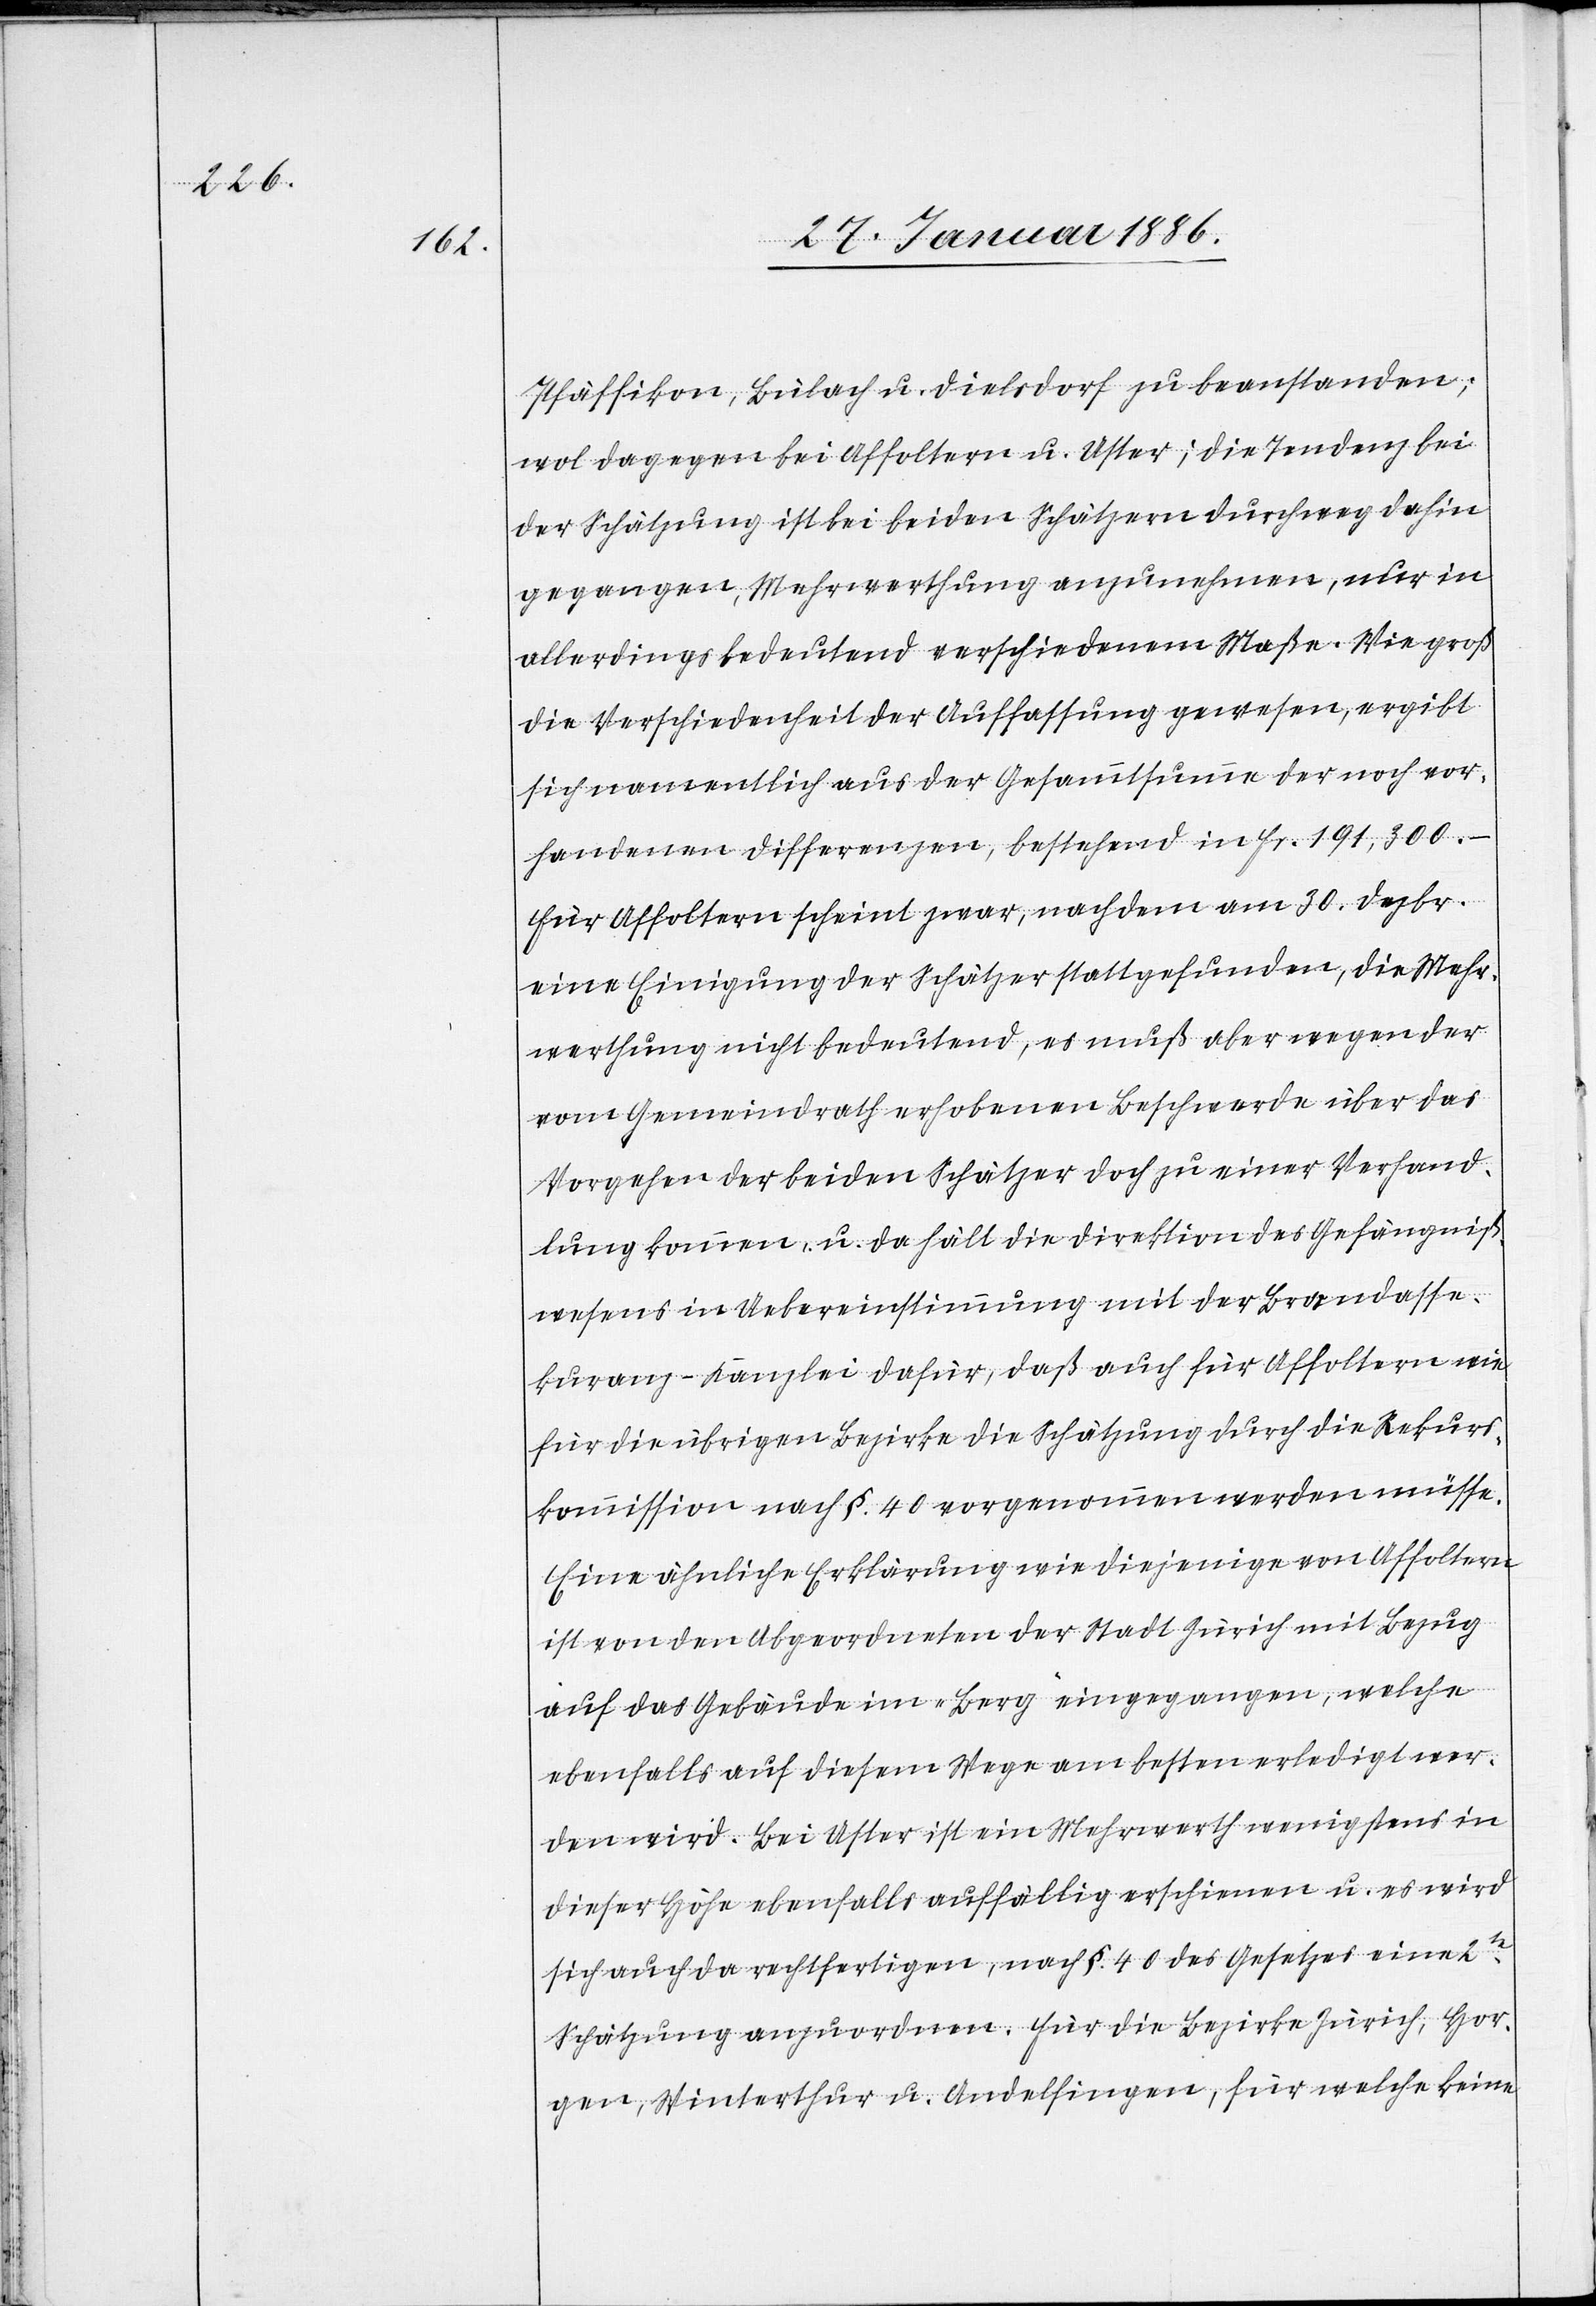
Pfäffikon, Bülach u. Dielsdorf zu beanstanden;
wol dagegen bei Affoltern u. Uster; die Pendenz bei
der Schätzung ist bei beiden Schätzern durchweg dahin
gegangen, Mehrwerthung anzunehmen, nur in
allerdings bedeutend verschiedenen Maße. Wie groß
die Verschiedenheit der Auffassung gewesen, ergibt
sich namentlich aus der Gesammtsumme der noch vor¬
handenen Differenzen, bestehend in Fr. 191,300.–
Für Affoltern scheint zwar, nachdem am 30. Dezbr.
eine Einigung der Schätzer stattgefunden, die Mehr¬
werthung nicht bedeutend, es muß aber wegen der
vom Gemeindrath erhobenen Beschwerde über das
Vorgehen der beiden Schätzer doch zu einer Verhand¬
lung kommen, u. da hält die Direktion des Gefängniß¬
wesens in Uebereinstimmung mit der Brandasse¬
kuranz-Kanzlei dafür, daß auch für Affoltern wie
für die übrigen Bezirke die Schätzung durch die Rekurs¬
kommission nach §. 40 vorgenommen werden müsse.
Eine ähnliche Erklärung wie diejenige von Affoltern
ist von den Abgeordneten der Stadt Zürich mit Bezug
auf das Gebäude im „Berg“ eingegangen, welche
ebenfalls auf diesem Wege am besten erledigt wer¬
den wird. Bei Uster ist ein Mehrwerth wenigstens in
dieser Höhe ebenfalls auffällig erschienen u. es wird
sich auch da rechtfertigen, nach §. 40 des Gesetzes eine
Schätzung anzuordnen. Für die Bezirke Zürich, Hor¬
gen, Winterthur, u. Andelfingen, für welche keine